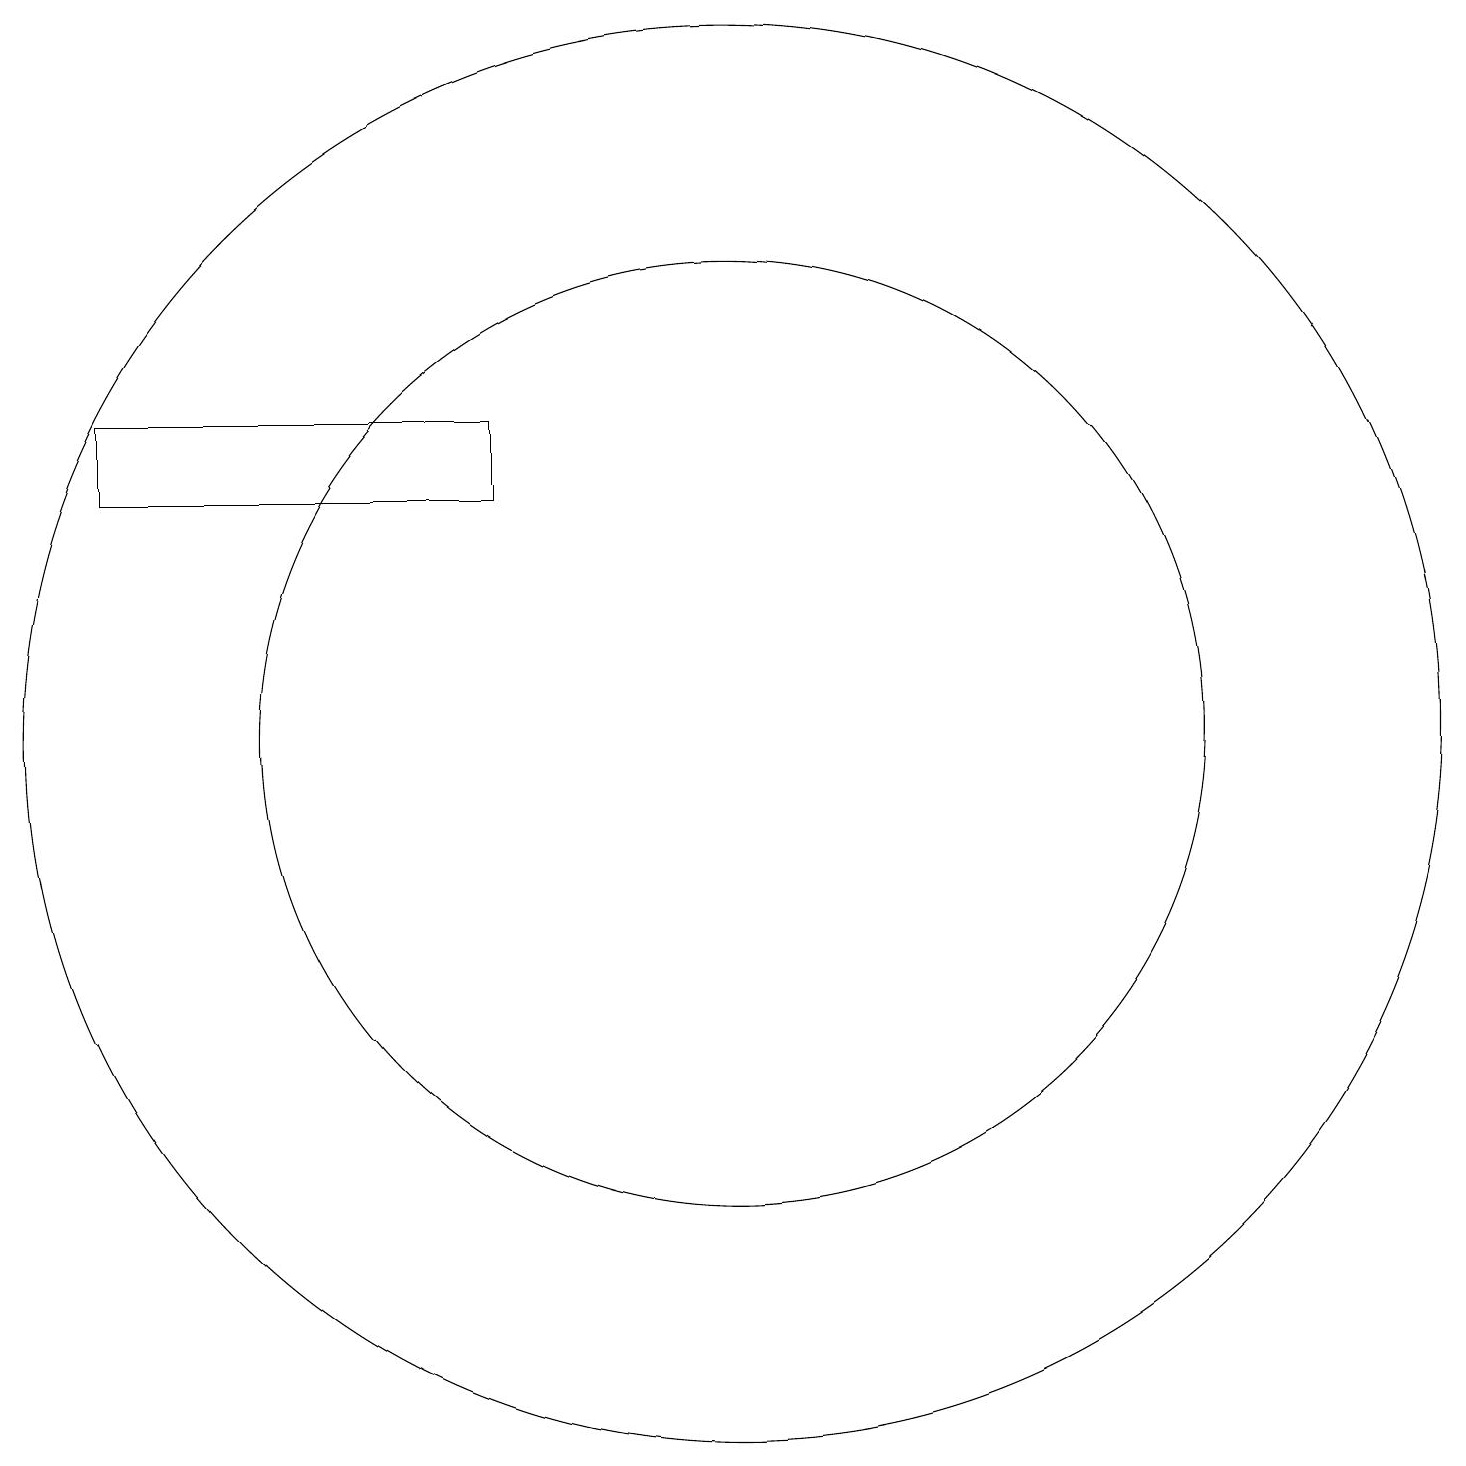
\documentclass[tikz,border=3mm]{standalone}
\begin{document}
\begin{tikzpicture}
\draw (11,11) circle (9);
\draw (8,15) rectangle (3,14);
\draw (11,11) circle (6);
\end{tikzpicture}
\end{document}